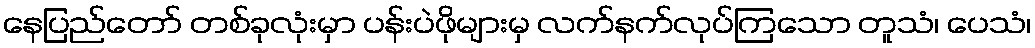
နေပြည်တော် တစ်ခုလုံးမှာ ပန်းပဲဖိုများမှ လက်နက်လုပ်ကြသော တူသံ၊ ပေသံ၊